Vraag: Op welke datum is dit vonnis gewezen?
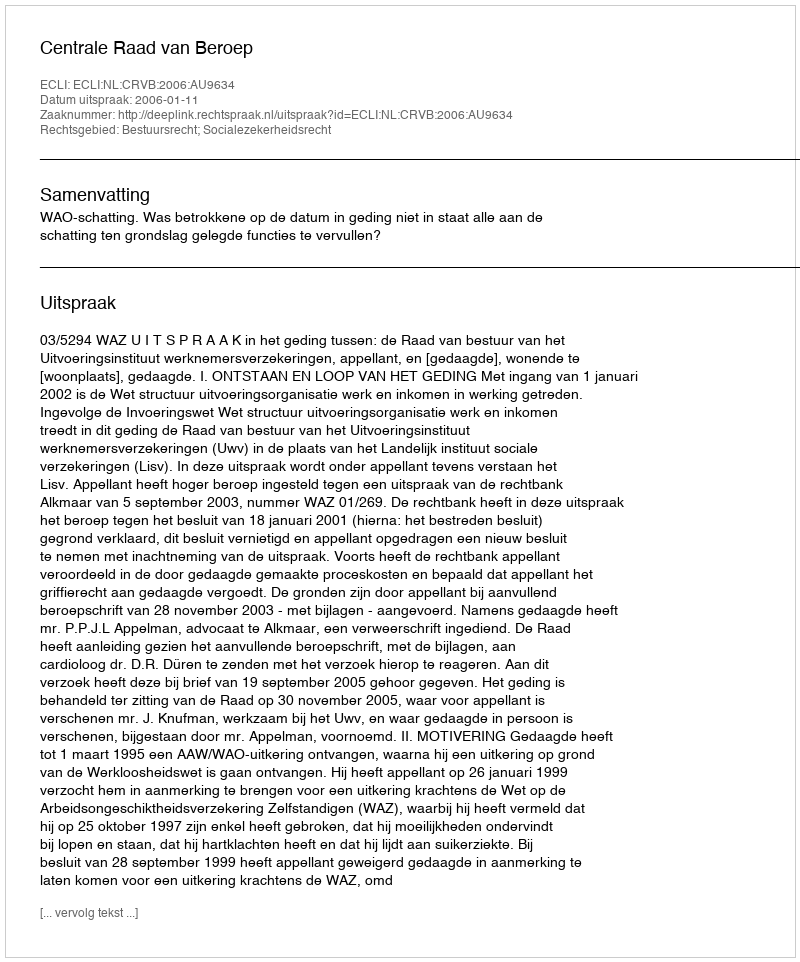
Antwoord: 2006-01-11